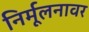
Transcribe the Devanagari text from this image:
निर्मूलनावर